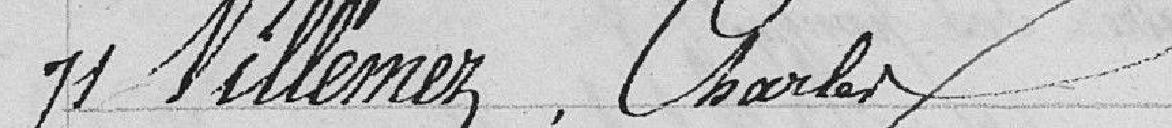
71 Villemez, Charles